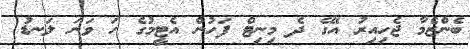
ބެންޒެމާ ޖެހިއިރު އޭގެ ދެ މިނިޓް ފަހުން އެޓީމުގެ ހަ ވަނަ ލަނޑު